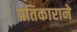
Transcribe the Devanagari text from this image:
प्रतिकाराने